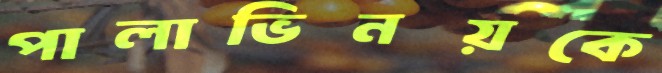
পালাভিনয়কে